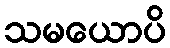
သမယောပိ